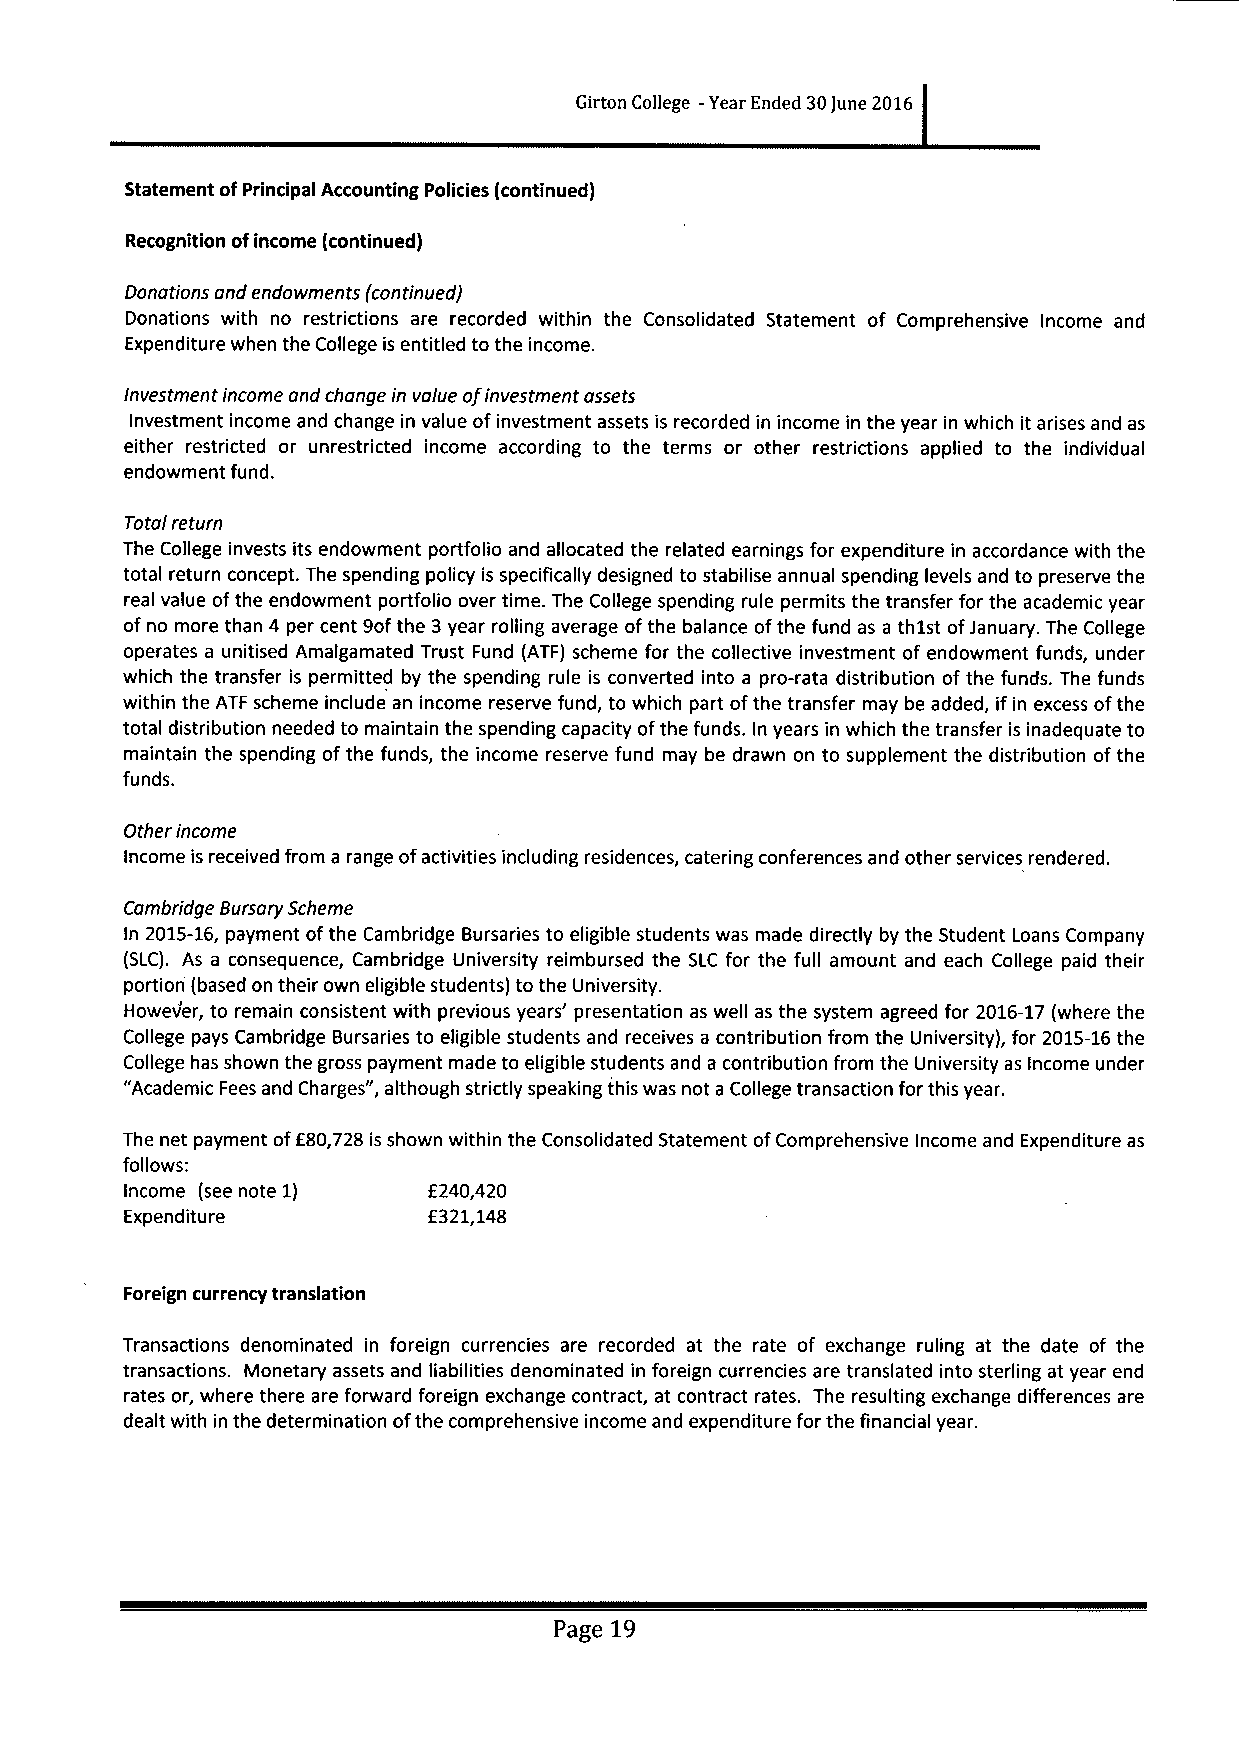
Girton College -Year Ended 30June 2016
 Statement ofPrincipal Accounting Policies (continued)
 Recognition ofincome (continued)
 Donations and endowments (continued)
 Donations with no restrictions are recorded within the Consolidated Statement of Comprehensive Income and
 Expenditure when the College is entitled to the income.
 Investmentincome and changein value ofinvestment assets
 Investment income and change in value ofinvestment assets is recorded in income in the year in which it arises and as
 either restricted or unrestricted income according to the terms or other restrictions applied to the individual
 endowment fund.
 Total return
 The College invests its endowment portfolio and allocated the related earnings for expenditure in accordance with the
 total return concept. The spending policy is specifically designed to stabilise annual spending levels and to preserve the
 real value ofthe endowment portfolio over time. The College spending rule permits the transfer for the academic year
 of no more than 4 per cent 9ofthe 3year rolling average ofthe balance ofthe fund as a th1st ofJanuary. The College
 operates a unitised Amalgamated Trust Fund (ATF) scheme for the collective investment of endowment funds, under
 which the transfer is permitted by the spending rule is converted into a pro-rata distribution of the funds. The funds
 within the ATF scheme include an income reserve fund, to which part ofthe transfer may be added, ifin excess ofthe
 total distribution needed to maintain the spending capacity ofthe funds. In years in which the transfer is inadequate to
 maintain the spending of the funds, the income reserve fund may be drawn on to supplement the distribution ofthe
 funds.
 Other income
 Income is received from a range ofactivities including residences, catering conferences and other services rendered.
 Cambridge Bursary Scheme
 In 2015-16,payment ofthe Cambridge Bursaries to eligible students was made directly by the Student Loans Company
 (SLC). As a consequence, Cambridge University reimbursed the SLC for the full amount and each College paid their
 portion (based on their own eligible students) to the University.
 Howev'er, to remain consistent with previous years' presentation as well as the system agreed for 2016-17(where the
 College pays Cambridge Bursaries to eligible students and receives a contribution from the University), for 2015-16the
 College has shown the gross payment made to eligible students and a contribution from the University as Income under
 "Academic Fees and Charges", although strictly speaking this was not a College transaction for this year.
 The net payment off80,728 is shown within the Consolidated Statement ofComprehensive Income and Expenditure as
 follows:
 Income (see note 1) E240,420
 Expenditure         E321,148
 Foreign currency translation
 Transactions denominated in foreign currencies are recorded at the rate of exchange ruling at the date of the
 transactions. Monetary assets and liabilities denominated in foreign currencies are translated into sterling at year end
 rates or, where there are forward foreign exchange contract, at contract rates. The resulting exchange differences are
 dealt with in the determination ofthe comprehensive income and expenditure for the financial year.
 Page 19